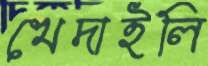
খেদাইলি